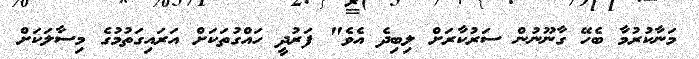
މަނާކުރުމާ ބެހޭ ގާނޫނުން ސަރުކާރަށް ލިބިދެ އެެވެ" ފަރުދީ ހައްގުތަކަށް އަރައިގަތުމުގެ މިސާލަކަށް